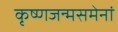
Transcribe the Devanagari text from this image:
कृष्णजन्मसमेनां